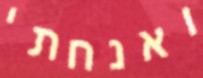
ואנחתי